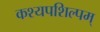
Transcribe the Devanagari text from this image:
कश्यपशिल्पम्